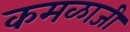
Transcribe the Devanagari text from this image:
कमळाजी